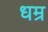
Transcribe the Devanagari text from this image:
धम्र